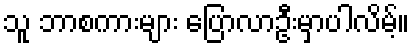
သူ ဘာစကားများ ပြောလာဦးမှာပါလိမ့်။